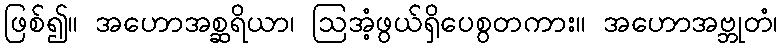
ဖြစ်၍။ အဟောအစ္ဆရိယာ၊ ဩအံ့ဖွယ်ရှိပေစွတကား။ အဟောအဗ္ဘုတံ၊